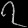
Digit: ၇